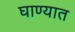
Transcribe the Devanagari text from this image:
घाण्यात